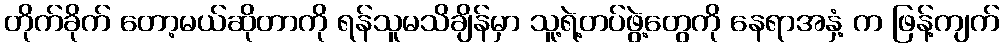
တိုက်ခိုက် တော့မယ်ဆိုတာကို ရန်သူမသိချိန်မှာ သူ့ရဲ့တပ်ဖွဲ့တွေကို နေရာအနှံ့ က ဖြန့်ကျက်